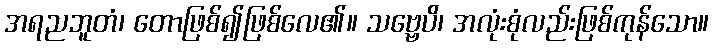
အရညဘူတံ၊ တောဖြစ်၍ဖြစ်လေ၏။ သဗ္ဗေပိ၊ အလုံးစုံလည်းဖြစ်ကုန်သော။